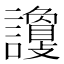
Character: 𧭦